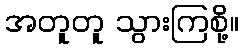
အတူတူ သွားကြစို့။